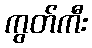
ကွတ်ကီး